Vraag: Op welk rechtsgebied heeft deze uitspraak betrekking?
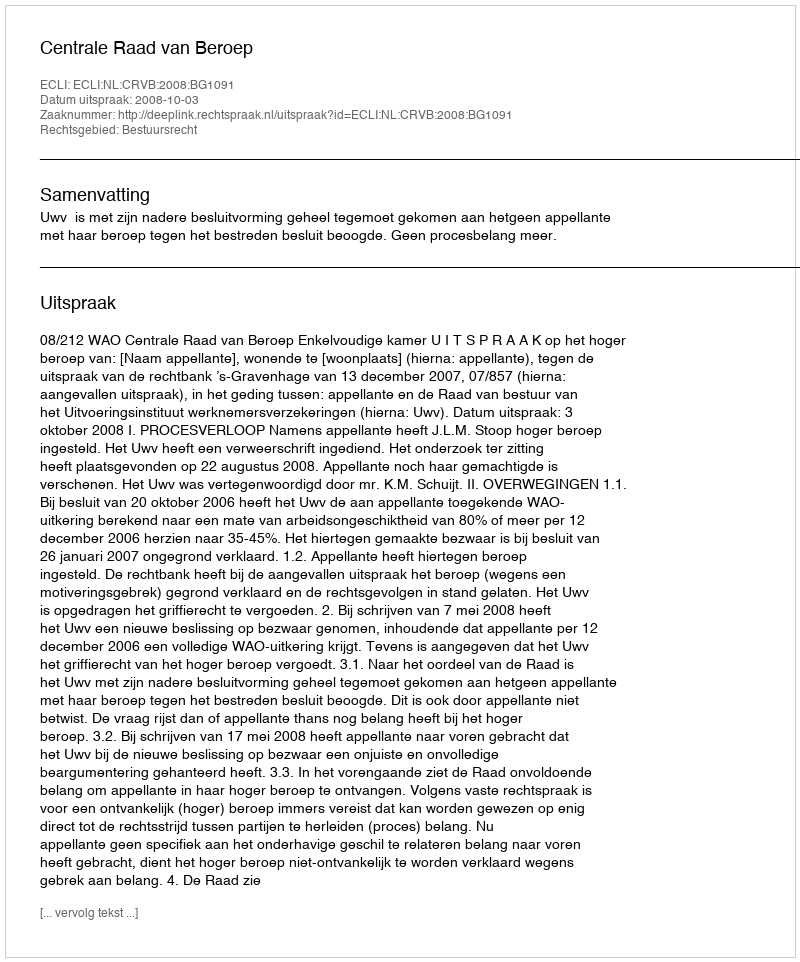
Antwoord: Bestuursrecht